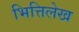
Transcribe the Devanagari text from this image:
भित्तिलेख